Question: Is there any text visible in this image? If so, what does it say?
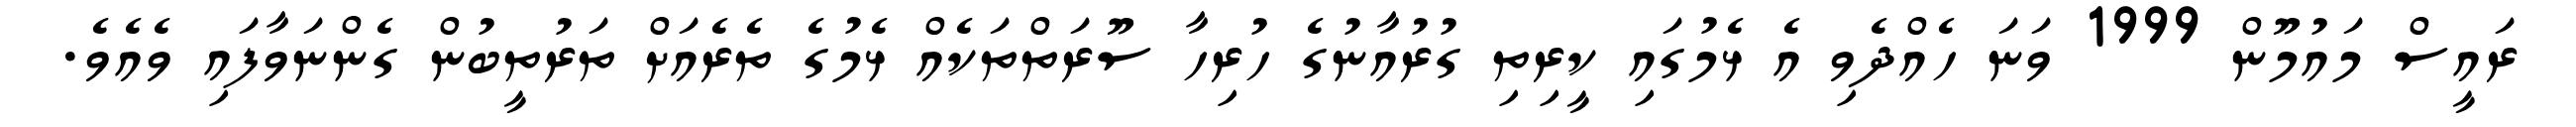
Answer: ރައީސް މައުމޫން 1999 ވަނަ ހެއްދެވި އެ ޅެމުގައި ކީރިތި ގުރުއާނުގެ ހުރިހާ ސޫރަތްތަކެއް ޅެމުގެ ތެރެއަށް ތަރުތީބުން ގެންނަވާފައި ވެއެވެ.